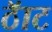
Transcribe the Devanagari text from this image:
ठॅाट